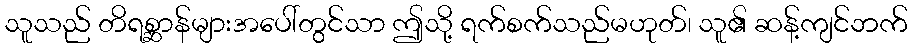
သူသည် တိရစ္ဆာန်များအပေါ်တွင်သာ ဤသို့ ရက်စက်သည်မဟုတ်၊ သူ၏ ဆန့်ကျင်ဘက်